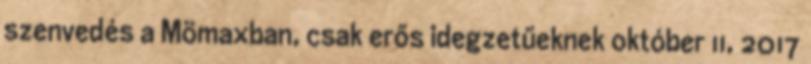
szenvedés a Mömaxban, csak erős idegzetűeknek október 11, 2017